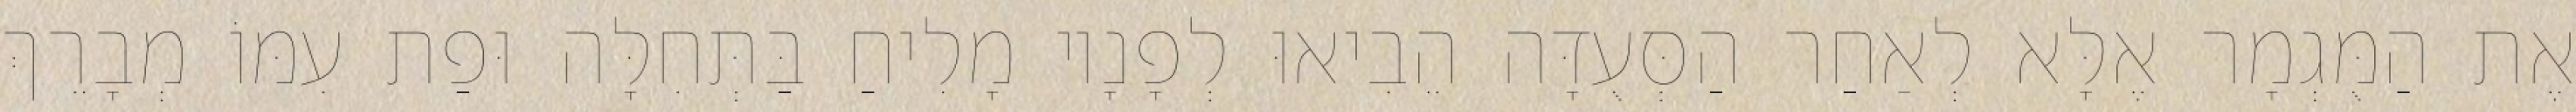
אֶת הַמֻּגְמָר אֶלָּא לְאַחַר הַסְּעֻדָּה הֵבִיאוּ לְפָנָיו מָלִיחַ בַּתְּחִלָּה וּפַת עִמּוֹ מְבָרֵךְ